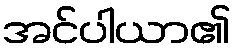
အင်ပါယာ၏